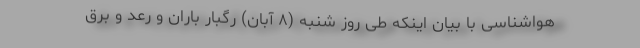
هواشناسی با بیان اینکه طی روز شنبه (۸ آبان) رگبار باران و رعد و برق